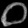
Digit: ၀